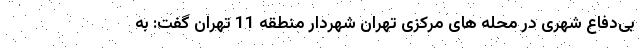
بی‌دفاع شهری در محله های مرکزی تهران شهردار منطقه 11 تهران گفت: به